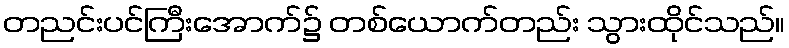
တညင်းပင်ကြီးအောက်၌ တစ်ယောက်တည်း သွားထိုင်သည်။